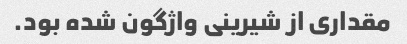
مقداری از شیرینی واژگون شده بود.